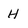
Character: H